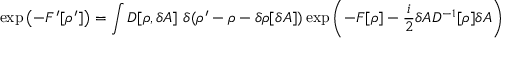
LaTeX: \exp \left( - F ^ { \prime } [ \rho ^ { \prime } ] \right) = \int D [ \rho , \delta A ] \ \delta ( \rho ^ { \prime } - \rho - \delta \rho [ \delta A ] ) \exp \left( - F [ \rho ] - { \frac { i } { 2 } } \delta A D ^ { - 1 } [ \rho ] \delta A \right)